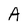
Character: A